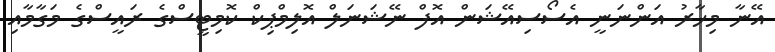
އޭނާ މިހާރު އަންނަނީ އެސޯސިއޭޝަން އޮފް ނޭޝަނަލް އޮލިމްޕިކް ކޮމިޓީސްގެ ރައީސްގެ މަގާމާއި